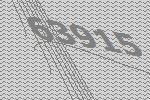
63915